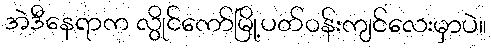
အဲဒီနေရာက လွိုင်ကော်မြို့ပတ်ဝန်းကျင်လေးမှာပဲ။